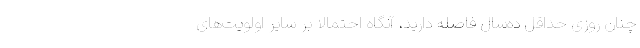
چنان روزی حداقل ده‌سال فاصله دارید، آنگاه احتمالاً بر سایر اولویت‌های